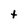
Character: t